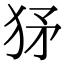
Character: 𤝩